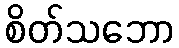
စိတ်သဘော